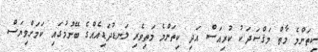
ކިތަންމެ މާތް މަޤްޞަދަކު ކުރިއަސް އަދި ކިތަންމެ މަތިވެރި ލަނޑުދަޑިއެއްގެ ބޭނުމުގައި ކަމަށްވިޔަސް